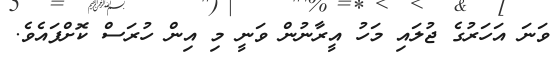
ވަނަ އަހަރުގެ ޖުލައި މަހު އީރާނުން ވަނީ މި އިން ހުރަސް ކޮށްފައެވެ.